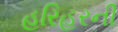
હરિહરની